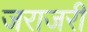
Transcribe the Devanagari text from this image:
जराजरी